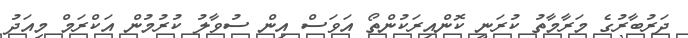
ދަރުބާރުގެ މަރާމާތު ކުރަނީ ކޮންއިރަކުންތޯ އަވަސް އިން ސުވާލު ކުރުމުން އަކްރަމް މިއަދު